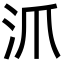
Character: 沠